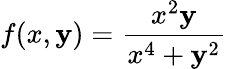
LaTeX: f(x,\mathbf{y})={\frac{{x^{2}\mathbf{y}}}{{x^{4}+\mathbf{y}^{2}}}}